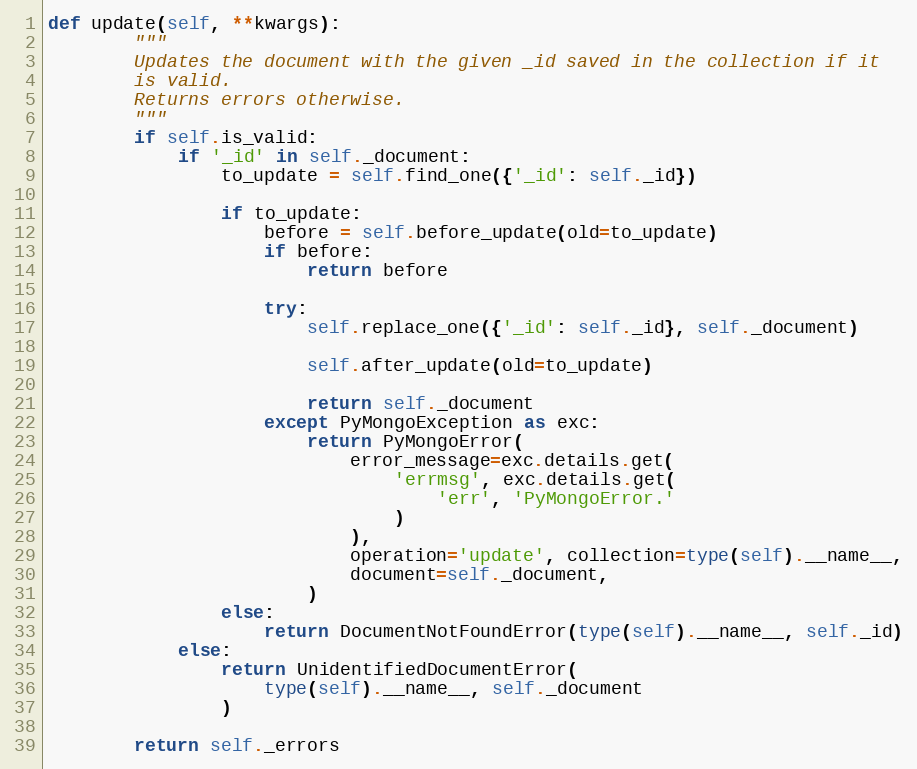
Language: Python
def update(self, **kwargs):
        """
        Updates the document with the given _id saved in the collection if it
        is valid.
        Returns errors otherwise.
        """
        if self.is_valid:
            if '_id' in self._document:
                to_update = self.find_one({'_id': self._id})

                if to_update:
                    before = self.before_update(old=to_update)
                    if before:
                        return before

                    try:
                        self.replace_one({'_id': self._id}, self._document)

                        self.after_update(old=to_update)

                        return self._document
                    except PyMongoException as exc:
                        return PyMongoError(
                            error_message=exc.details.get(
                                'errmsg', exc.details.get(
                                    'err', 'PyMongoError.'
                                )
                            ),
                            operation='update', collection=type(self).__name__,
                            document=self._document,
                        )
                else:
                    return DocumentNotFoundError(type(self).__name__, self._id)
            else:
                return UnidentifiedDocumentError(
                    type(self).__name__, self._document
                )

        return self._errors